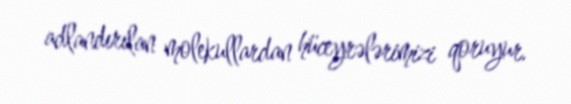
adlandırılan molekullardan hüceyrələrimizi qoruyur.